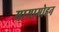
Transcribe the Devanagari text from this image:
मायामोहन